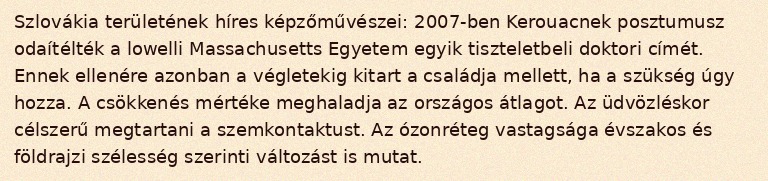
Szlovákia területének híres képzőművészei: 2007-ben Kerouacnek posztumusz odaítélték a lowelli Massachusetts Egyetem egyik tiszteletbeli doktori címét. Ennek ellenére azonban a végletekig kitart a családja mellett, ha a szükség úgy hozza. A csökkenés mértéke meghaladja az országos átlagot. Az üdvözléskor célszerű megtartani a szemkontaktust. Az ózonréteg vastagsága évszakos és földrajzi szélesség szerinti változást is mutat.